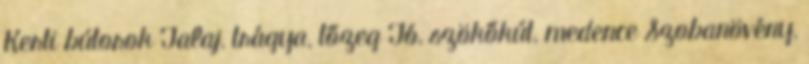
Kerti bútorok Talaj, trágya, tőzeg Tó, szökőkút, medence Szobanövény,